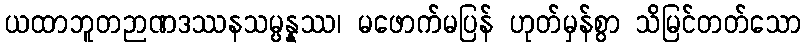
ယထာဘူတဉာဏဒဿနသမ္ပန္နဿ၊ မဖောက်မပြန် ဟုတ်မှန်စွာ သိမြင်တတ်သော